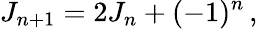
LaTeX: J_{n+1}=2J_{n}+(-1)^{n}\, ,